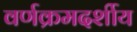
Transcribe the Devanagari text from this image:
वर्णक्रमदर्शीय